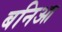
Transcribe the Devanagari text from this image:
बनिआ